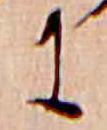
に